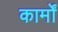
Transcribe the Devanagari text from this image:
कार्मों